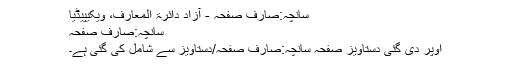
سانچہ:صارف صفحہ - آزاد دائرۃ المعارف، ویکیپیڈیا
سانچہ:صارف صفحہ
اوپر دی گئی دستاویز صفحہ سانچہ:صارف صفحہ/دستاویز سے شامل کی گئی ہے۔